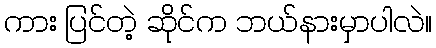
ကား ပြင်တဲ့ ဆိုင်က ဘယ်နားမှာပါလဲ။